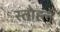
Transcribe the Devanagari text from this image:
स्तोह्ल